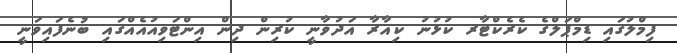
ފިމްލުގައި ޑިމްޕަލްގެ ކެރެކްޓާރ ކުޅުނު ކިއާރާ އަދުވާނީ ކުރިން ދިން އިންޓަވިއުއެއްގައި ބުނެފައިވަނީ